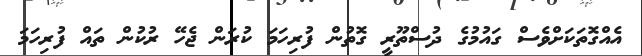
އެއްގޮތަކަށްވެސް ގައުމުގެ ދުސްތޫރީ ގޮތުން ފުރިހަމަ ކުރަން ޖެހޭ ރުކުން ތައް ފުރިހަމަ